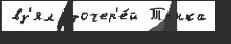
вз'ял  дочер'е́й Трнка